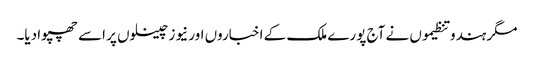
مگر ہندو تنظیموں نے آج پورے ملک کے اخباروں اور نیوز چینلوں پر اسے چھپوا دیا۔